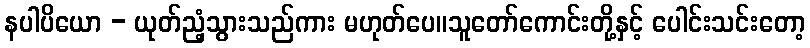
နပါပိယော - ယုတ်ညံ့သွားသည်ကား မဟုတ်ပေ။သူတော်ကောင်းတို့နှင့် ပေါင်းသင်းတော့